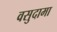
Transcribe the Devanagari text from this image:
वसुदामा